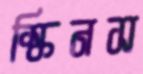
স্কিনস